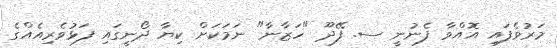
މަރުވެފައި އޮއްވާ ފެނުނީ ސ. ފޭދޫ "ހަޒާނާ" ނަމަކަށް ކިޔާ ދޯނީގައި ފަޅުވެރިއެއްގެ